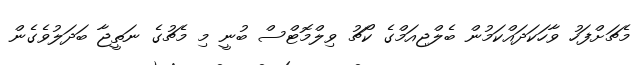
މެޗަށްފަހު ވާހަކަދައްކަމުން ބެލްޖިއަމްގެ ކޯޗު ވިލްމޮޓްސް ބުނީ މި މެޗުގެ ނަތީޖާ ބަދަލުވެގެން